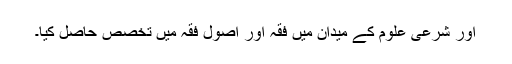
اور شرعی علوم کے میدان میں فقہ اور اصول فقہ میں تخصص حاصل کیا۔